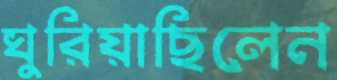
ঘুরিয়াছিলেন